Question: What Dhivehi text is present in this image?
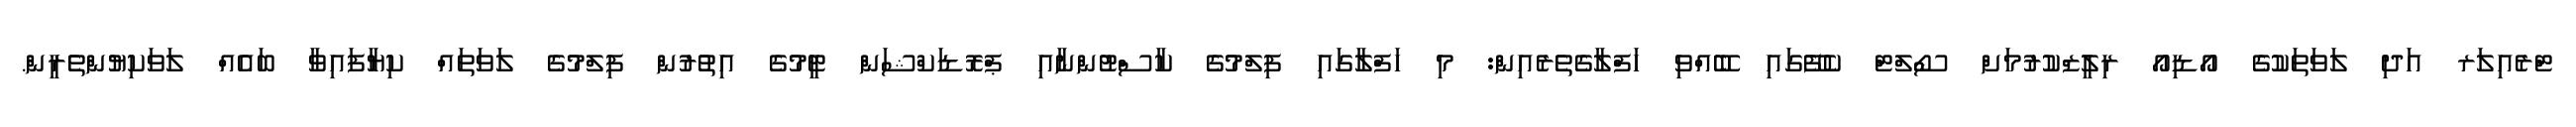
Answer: ޓްރެއިލަރ އަދި ލަވަތަކުގެ އޯޑިއޯ ރިލީޒްކުރުމަށް ސޯލްޓް ކެފޭގައި ބޭއްވި ހަފްލާގެތެރެއިން: މި ހަފްލާގައި ފިލްމުގެ ކާސްޓުންނާއި ޕްރޮޑަކްޝަން ޓީމުގެ އިތުރުން ފިލްމުގެ ލަވަތައް ކިޔާފައިވާ ބައެއް ލަވަކިޔުންތެރީން.